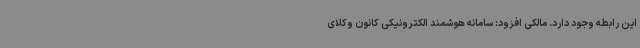
این رابطه وجود دارد. مالکی افزود: سامانه هوشمند الکترونیکی کانون وکلای